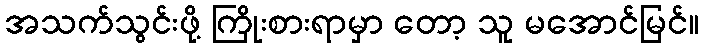
အသက်သွင်းဖို့ ကြိုးစားရာမှာ တော့ သူ မအောင်မြင်။